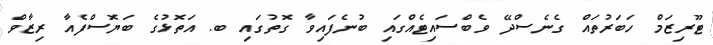
ޓޫރިޒަމް ހަބަރުތައް ގެނެސްދޭ ވެބްސައިޓެއްގައި ބުނެފައިވާ ގޮތުގައި ބ. އަތޮޅުގެ ބަޔޮސްފެއާ ރިޒާވް